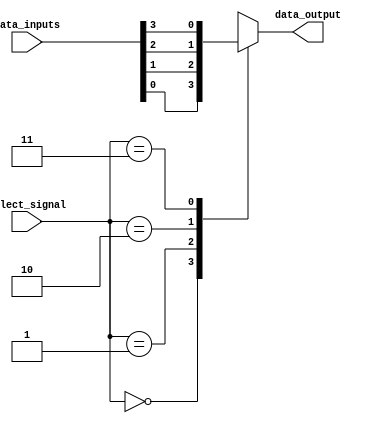
module io_mux_demux_buffer (
    input wire [3:0] data_inputs,
    input wire [1:0] select_signal,
    output reg data_output
);

always @ (select_signal or data_inputs)
begin
    case (select_signal)
        2'b00: data_output = data_inputs[0];
        2'b01: data_output = data_inputs[1];
        2'b10: data_output = data_inputs[2];
        2'b11: data_output = data_inputs[3];
        default: data_output = 4'b0000;
    endcase
end

endmodule